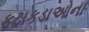
ફટાકડાઓના